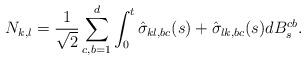
LaTeX: \begin{align*} N_{k,l} = \frac 1{\sqrt 2}\sum_{c,b=1}^d\int_0^t \hat{\sigma}_{kl,bc}(s)+\hat{\sigma}_{lk,bc}(s) dB^{cb}_s.\end{align*}